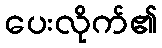
ပေးလိုက်၏